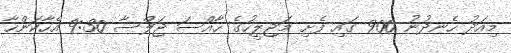
މިއަދު ހެނދުނު 900 ގައި ފެށި މަޖިލީހުގެ ހާއްސަ ޖަލްސާ 9:30 އެހާކަންހާ